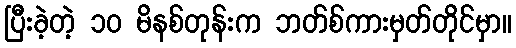
ပြီးခဲ့တဲ့ ၁၀ မိနစ်တုန်းက ဘတ်စ်ကားမှတ်တိုင်မှာ။